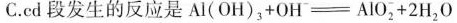
C.cd段发生的反应是$$A l ( O H ) _ { 3 } + O H ^ { - } = A l O _ { 2 } ^ { - } + 2 H _ { 2 } O$$